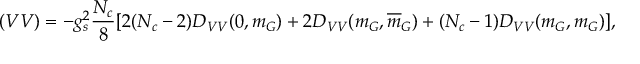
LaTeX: ( V V ) = - g _ { s } ^ { 2 } { \frac { N _ { c } } { 8 } } [ 2 ( N _ { c } - 2 ) D _ { V V } ( 0 , m _ { G } ) + 2 D _ { V V } ( m _ { G } , \overline { { { m } } } _ { G } ) + ( N _ { c } - 1 ) D _ { V V } ( m _ { G } , m _ { G } ) ] ,